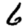
Digit: 6